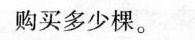
购买多少棵。